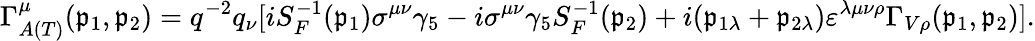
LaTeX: \Gamma_{A(T)}^{\mu}(\mathfrak{p}_{1},\mathfrak{p}_{2})=q^{-2}q_{\nu}[iS_{F}^{-1}(\mathfrak{p}_{1})\sigma^{\mu\nu}\gamma_{5}-i\sigma^{\mu\nu}\gamma_{5}S_{F}^{-1}(\mathfrak{p}_{2})+i(\mathfrak{p}_{1\lambda}+\mathfrak{p}_{2\lambda})\varepsilon^{\lambda\mu\nu\rho}\Gamma_{V\rho}(\mathfrak{p}_{1},\mathfrak{p}_{2})].